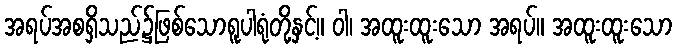
အရပ်အစရှိသည်၌ဖြစ်သောရူပါရုံတို့နှင့်။ ဝါ၊ အထူးထူးသော အရပ်။ အထူးထူးသော